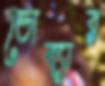
ডোব্যার